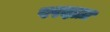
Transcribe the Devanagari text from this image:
परदाज़